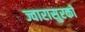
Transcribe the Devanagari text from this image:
ज्वारासुरकाे